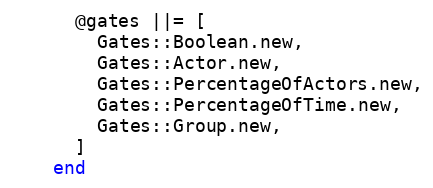
Language: Ruby
      @gates ||= [
        Gates::Boolean.new,
        Gates::Actor.new,
        Gates::PercentageOfActors.new,
        Gates::PercentageOfTime.new,
        Gates::Group.new,
      ]
    end